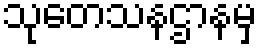
သုတေသနဌာနမှ